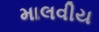
માલવીય